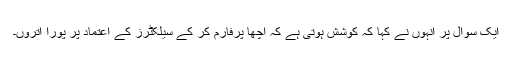
ایک سوال پر انہوں نے کہا کہ کوشش ہوتی ہے کہ اچھا پرفارم کر کے سیلکٹرز کے اعتماد پر پورا اتروں۔